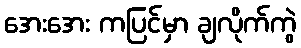
အေးအေး ကပြင်မှာ ချလိုက်ကွဲ